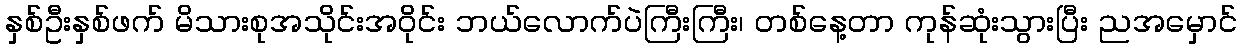
နှစ်ဦးနှစ်ဖက် မိသားစုအသိုင်းအဝိုင်း ဘယ်လောက်ပဲကြီးကြီး၊ တစ်နေ့တာ ကုန်ဆုံးသွားပြီး ညအမှောင်